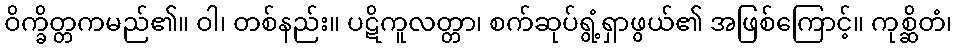
ဝိက္ခိတ္တကမည်၏။ ဝါ၊ တစ်နည်း။ ပဋိကူလတ္တာ၊ စက်ဆုပ်ရွံ့ရှာဖွယ်၏ အဖြစ်ကြောင့်။ ကုစ္ဆိတံ၊